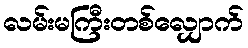
လမ်းမကြီးတစ်လျှောက်